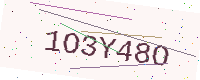
Text: 1O3Y48O